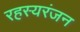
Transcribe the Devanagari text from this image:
रहस्यरंजन